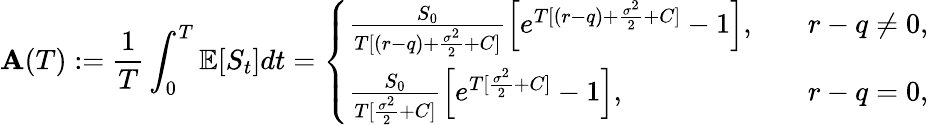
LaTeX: \mathbf{A}(T):=\frac{{1}}{{T}}\int_{0}^{T}\mathbb{{E}}[S_{t}]dt=\left\{ \begin{array}{ll}{\frac{S_{0}}{T[(r-q)+\frac{\sigma^{2}}{2}+C]}\left[e^{T[(r-q)+\frac{\sigma^{2}}{2}+C]}-1\right],}&{\quad r-q\neq 0,}\\ {\frac{S_{0}}{T[\frac{\sigma^{2}}{2}+C]}\left[e^{T[\frac{\sigma^{2}}{2}+C]}-1\right],}&{\quad r-q=0,}\end{array}\right.